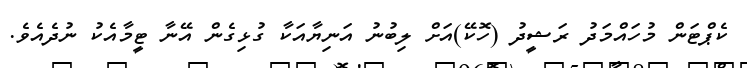
ކެޕްޓަން މުހައްމަދު ރަޝީދު (ހޮކޭ)އަށް ލިބުނު އަނިޔާއަކާ ގުޅިގެން އޭނާ ޓީމާއެކު ނުދެއެވެ.